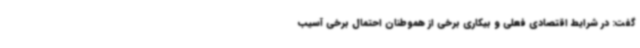
گفت: در شرایط اقتصادی فعلی و بیکاری برخی از هموطنان احتمال برخی آسیب